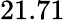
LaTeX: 21.71